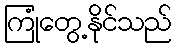
ကြုံတွေ့နိုင်သည်